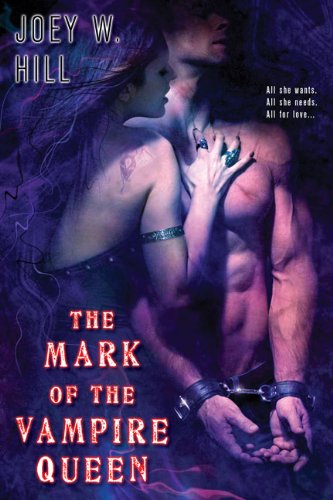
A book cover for The Mark of the Vampire Queen (Vampire Queen, Book 2); Joey W. Hill; Romance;